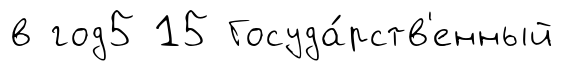
в год5 15 Госуда́рств'енный